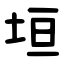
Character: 垣